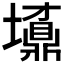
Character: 𡓀